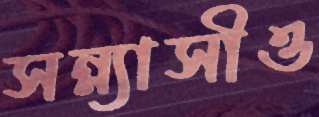
সন্ন্যাসীও